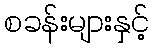
စခန်းများနှင့်